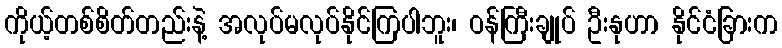
ကိုယ့်တစ်စိတ်တည်းနဲ့ အလုပ်မလုပ်နိုင်ကြပါဘူး၊ ဝန်ကြီးချုပ် ဦးနုဟာ နိုင်ငံခြားက